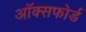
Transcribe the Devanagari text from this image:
अॉक्सफोर्ड